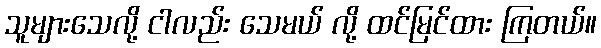
သူများသေလို့ ငါလည်း သေမယ် လို့ ထင်မြင်ထား ကြတယ်။